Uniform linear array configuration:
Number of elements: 48
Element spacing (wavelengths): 0.25
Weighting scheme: binomial
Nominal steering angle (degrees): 0
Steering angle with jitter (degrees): -1.872
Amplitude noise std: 0.05
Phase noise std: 0.05

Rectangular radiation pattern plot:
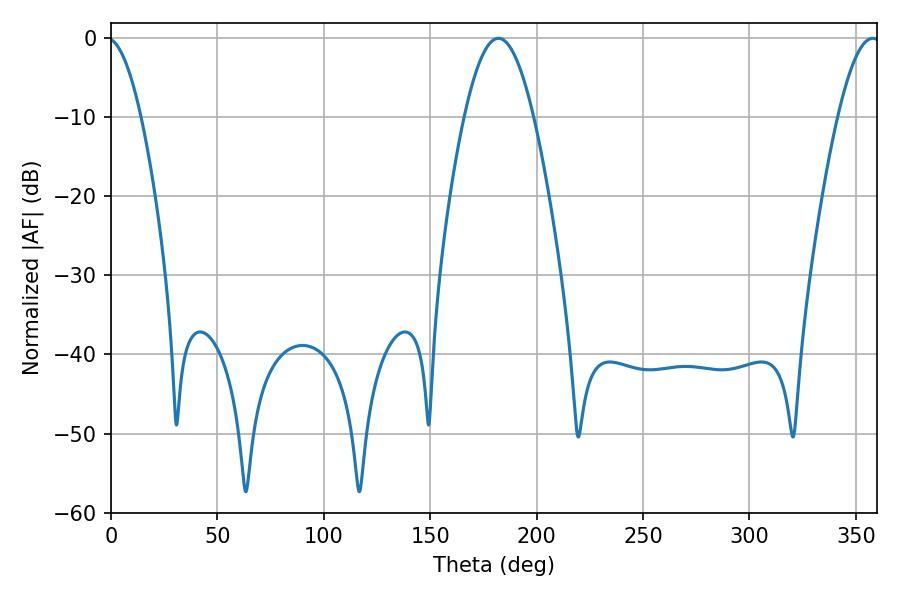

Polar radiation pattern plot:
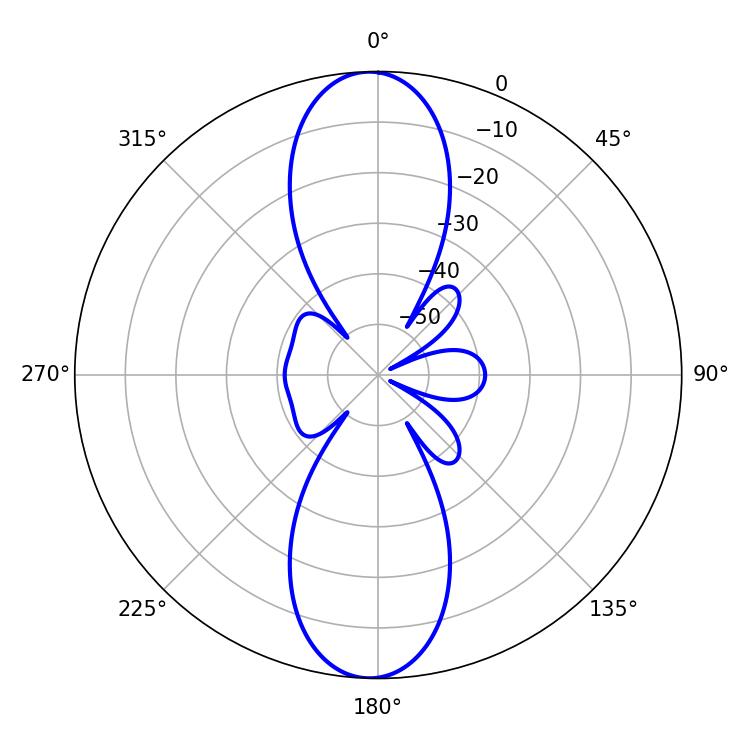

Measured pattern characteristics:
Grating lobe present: FALSE
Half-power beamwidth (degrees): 17.64
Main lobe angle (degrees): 181.98